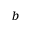
^ b